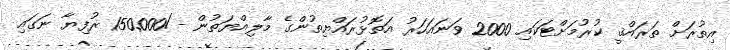
އިތުރަށް ތަރައްޤީ ކުރުމަށްޓަކައި 2000 ވަނައަހަރު އަތޮޅުރައްޔިތުންގެ މާލިއްޔަތުން -/150